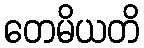
တေမိယတိ